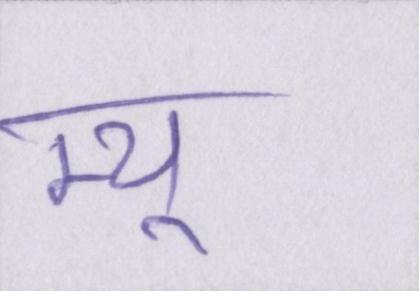
म्यू